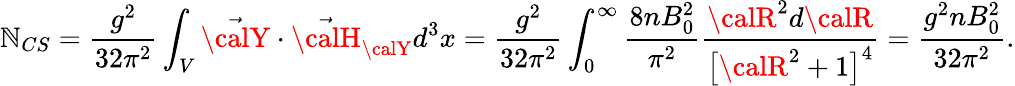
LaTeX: \mathbb{N}_{CS}=\frac{{g^{2}}}{{32\pi^{2}}}\int_{V}\vec{{{\calY}}}\cdot\vec{{{\calH}}}_{{\calY}}d^{3}x=\frac{{g^{2}}}{{32\pi^{2}}}\int_{0}^{\infty}\frac{{8nB_{0}^{2}}}{{\pi^{2}}}\frac{{{\calR}^{2}d{\calR}}}{{\bigr[{\calR}^{2}+1\bigl]^{4}}}=\frac{{g^{2}nB_{0}^{2}}}{{32\pi^{2}}}.